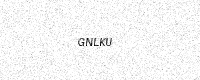
Text: GNLKU